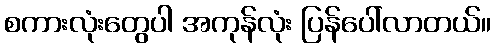
စကားလုံးတွေပါ အကုန်လုံး ပြန်ပေါ်လာတယ်။